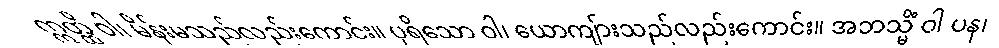
ဣတ္ထိ ဝါ၊ မိန်းမသည်လည်းကောင်း။ ပုရိသော ဝါ၊ ယောကျ်ားသည်လည်းကောင်း။ အဘသ္မိံ ဝါ ပန၊